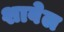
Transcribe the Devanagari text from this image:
शावेल